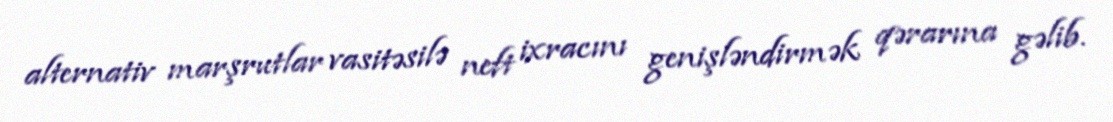
alternativ marşrutlar vasitəsilə neft ixracını genişləndirmək qərarına gəlib.